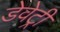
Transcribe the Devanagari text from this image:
डेवेट्री